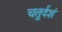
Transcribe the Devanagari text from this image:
चतुर्दशं